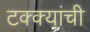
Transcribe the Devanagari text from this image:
टक्क्यांची